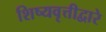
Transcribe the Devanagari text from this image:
शिष्यवृत्तीद्वारे